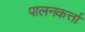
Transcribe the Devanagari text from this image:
पालनकर्त्ता